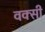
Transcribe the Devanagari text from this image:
वक्सी